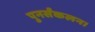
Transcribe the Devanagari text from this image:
पुनर्संकलन।